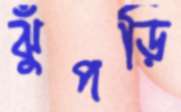
ঝুঁপড়ি